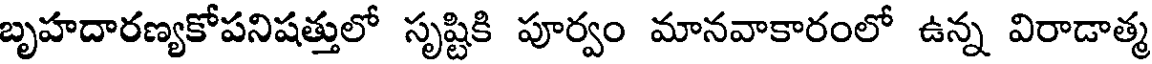
బృహదారణ్యకోపనిషత్తులో సృష్టికి పూర్వం మానవాకారంలో ఉన్న విరాడాత్మ